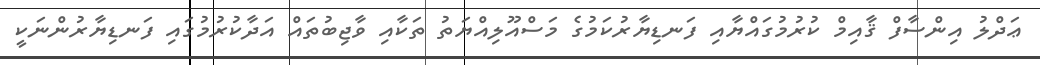
ޢަދްލު އިންސާފް ޤާއިމް ކުރުމުގައްޔާއި ފަނޑިޔާރުކަމުގެ މަސްއޫލިއްޔަތު ތަކާއި ވާޖިބުތައް އަދާކުރުމުގައި ފަނޑިޔާރުންނަކީ